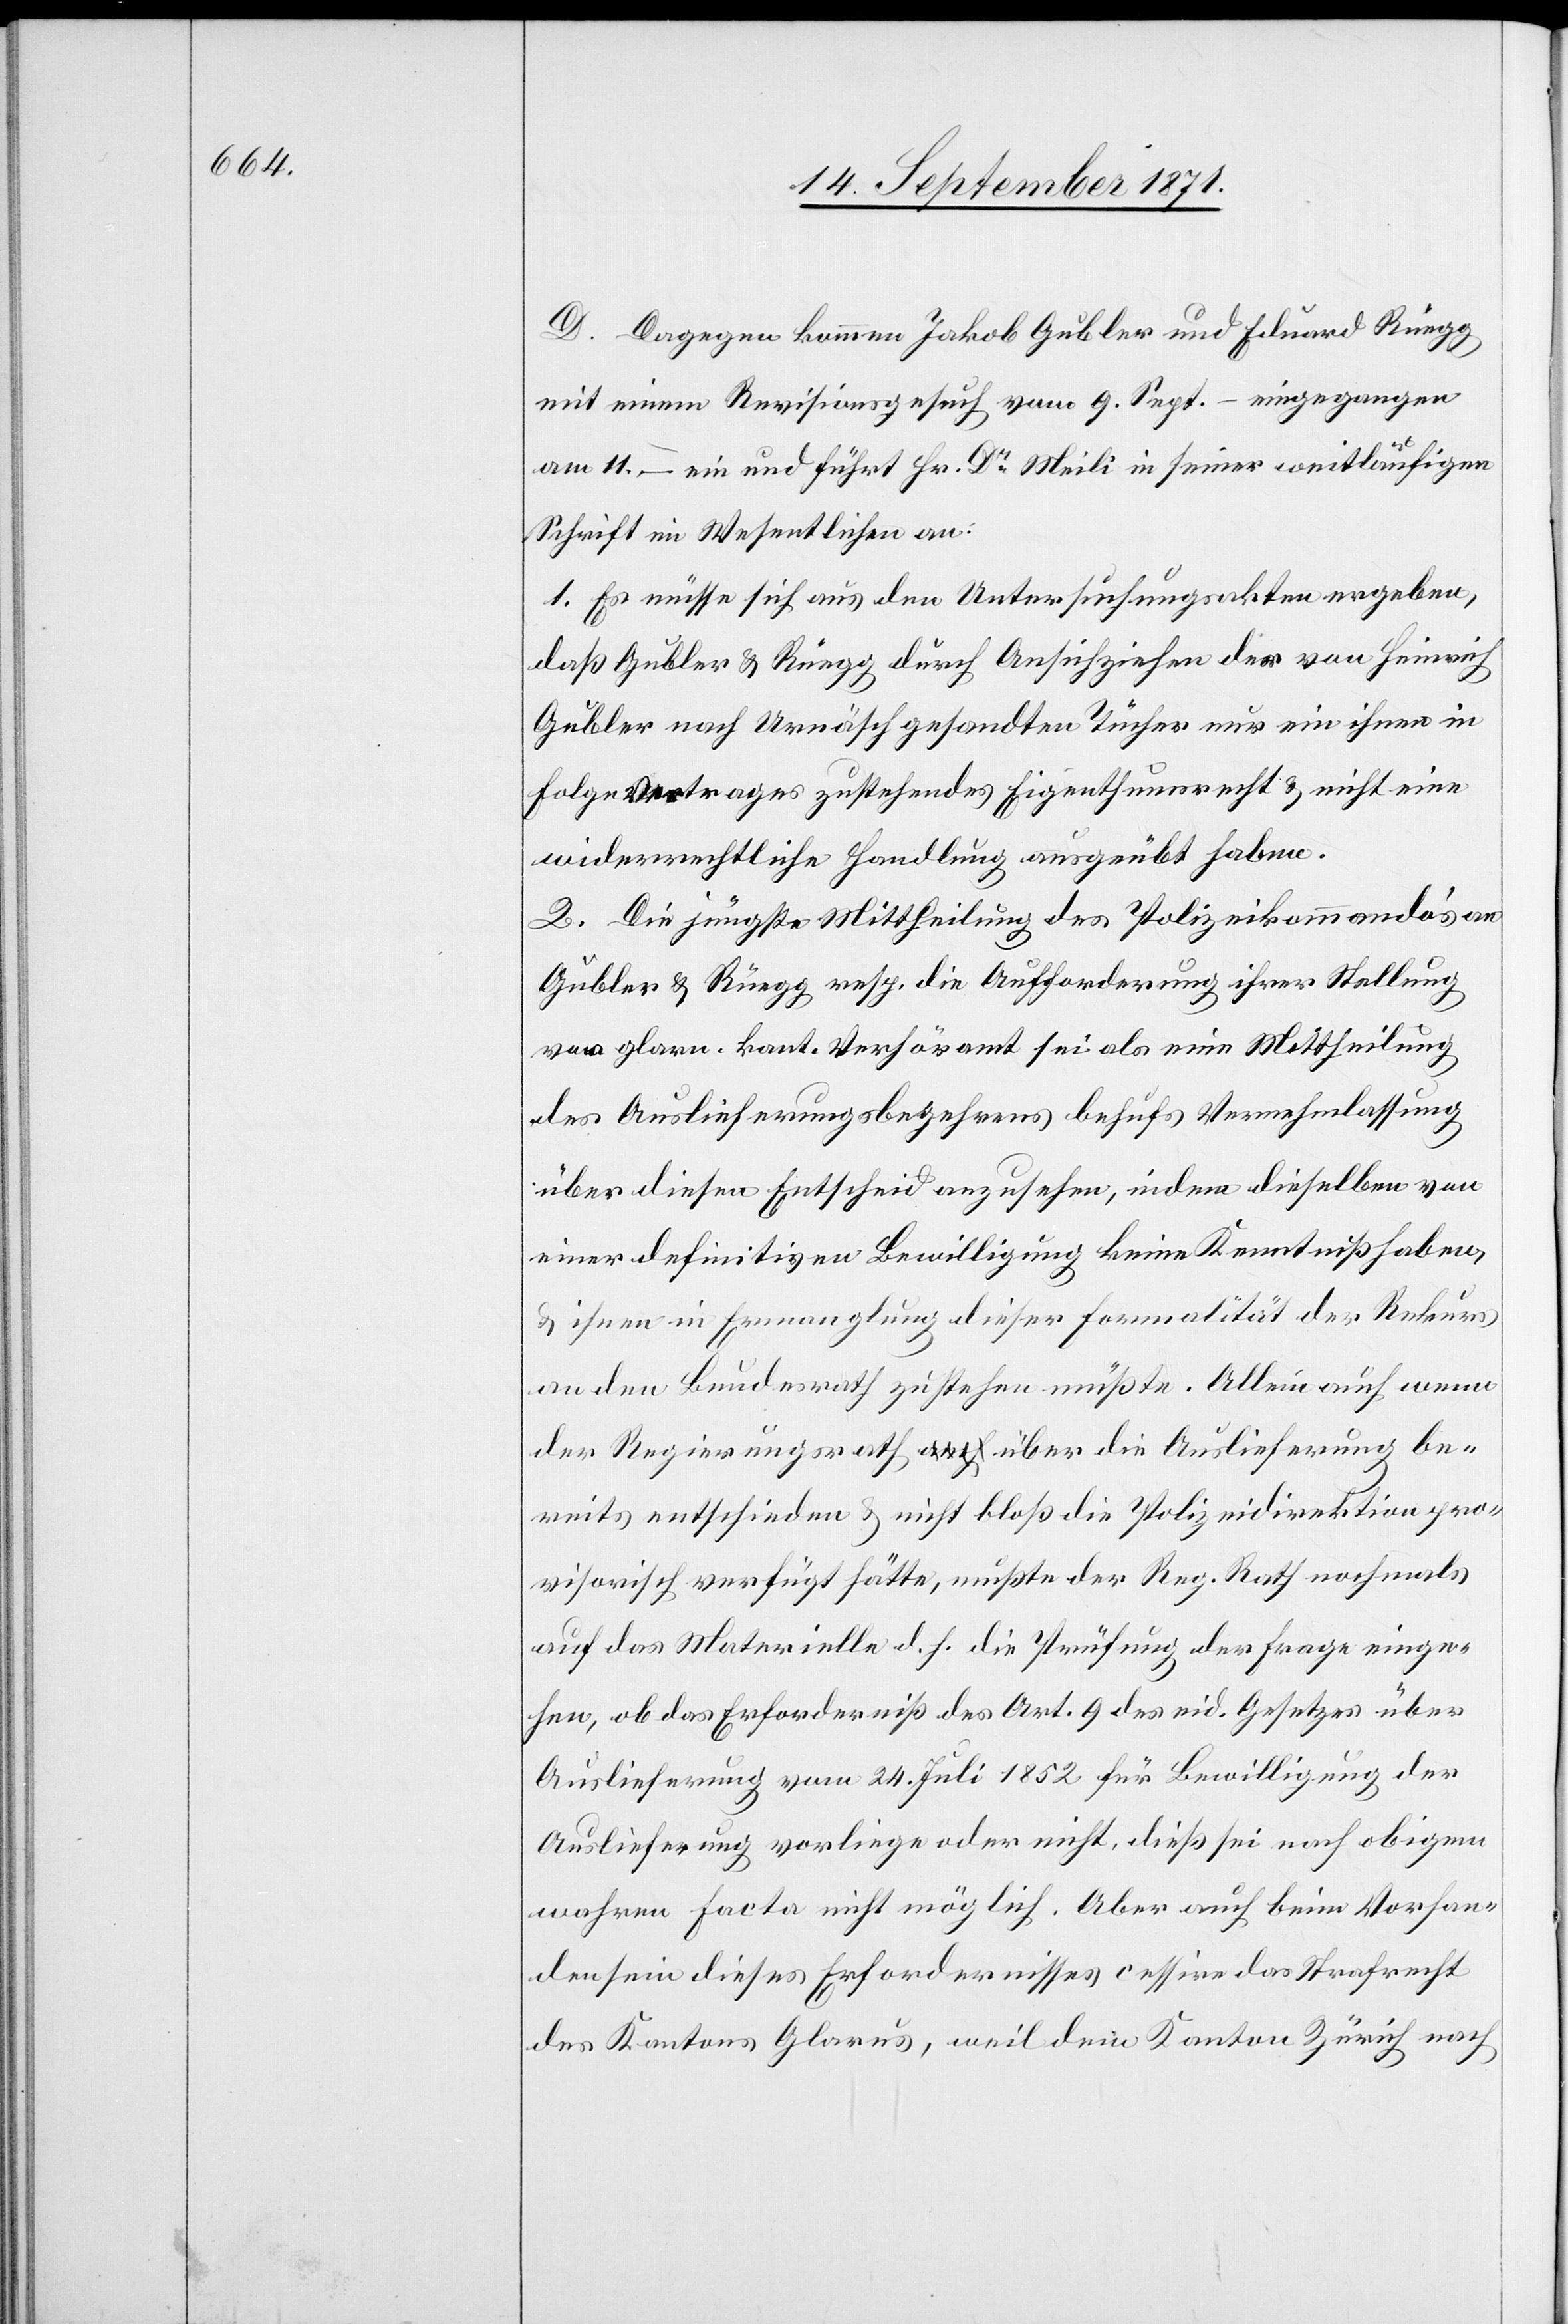
D. Dagegen kommen Jakob Gubler und Eduard Rüegg
mit einem Revisionsgesuch vom 9. Sept. – eingegangen
am 11. – ein und führt Hr. Dr Meili in seiner weitläufigen
Schrift im Wesentlichen an:
1. Es müsse sich aus den Untersuchungsakten ergeben,
daß Gubler & Rüegg durch Ansichziehen der von Heinrich
Gubler nach Urnäsch gesandten Tücher nur ein ihnen in
Folge Vertrages zustehendes Eigenthumsrecht & nicht eine
widerrechtliche Handlung ausgeübt haben.
2. Die jüngste Mittheilung des Polizeikommando’s an
Gubler & Rüegg resp. die Aufforderung ihrer Stellung
vor glarn. kant. Verhöramt sei als eine Mittheilung
des Auslieferungsbegehrens behufs Vernehmlassung
über diesen Entscheid anzusehen, indem dieselben von
einer definitiven Bewilligung keine Kenntniß haben,
& ihnen in Ermanglung dieser Formalität der Rekurs
an den Bundesrath zustehen müßte. Allein auch wenn
der Regierungsrath über die Auslieferung be¬
reits entschieden & nicht bloß die Polizeidirektion pro¬
visorisch verfügt hätte, müßte der Reg. Rath nochmals
auf das Materielle d. h. die Prüfung der Frage einge¬
hen, ob das Erforderniß des Art. 9 des eid. Gesetzes über
Auslieferung vom 24. Juli 1852 für Bewilligung der
Auslieferung vorliege oder nicht, dieß sei nach obigem
wahren facto nicht möglich. Aber auch beim Vorhan¬
densein dieses Erfordernisses cessire das Strafrecht
des Kantons Glarus, weil dem Kanton Zürich nach